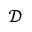
\mathcal { D }